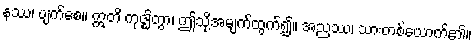
နဿ၊ ပျက်စေ။ ဣတိ ကုဇ္ဈိတွာ၊ ဤသို့အမျက်ထွက်၍။ အညဿ၊ သားတစ်ယောက်၏။